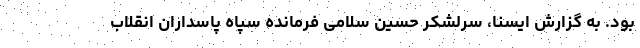
بود. به گزارش ایسنا، سرلشکر حسین سلامی فرمانده سپاه پاسداران انقلاب